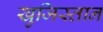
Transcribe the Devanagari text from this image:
खुजिस्तान